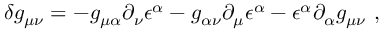
\delta g _ { \mu \nu } = - g _ { \mu \alpha } \partial _ { \nu } \epsilon ^ { \alpha } - g _ { \alpha \nu } \partial _ { \mu } \epsilon ^ { \alpha } - \epsilon ^ { \alpha } \partial _ { \alpha } g _ { \mu \nu } \ ,